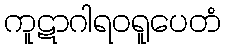
ကူဋာဂါရဝရူပေတံ